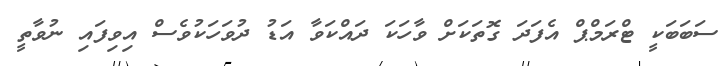
ސަބަބަކީ ޓްރަމްޕް އެފަދަ ގޮތަކަށް ވާހަކަ ދައްކަވާ އަޑު ދުވަހަކުވެސް އިވިފައި ނުވާތީ